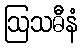
ဩသဓီနံ